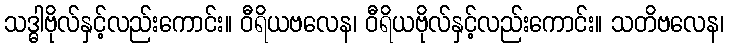
သဒ္ဓါဗိုလ်နှင့်လည်းကောင်း။ ဝီရိယဗလေန၊ ဝီရိယဗိုလ်နှင့်လည်းကောင်း။ သတိဗလေန၊